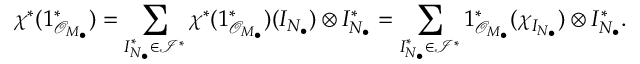
\chi ^ { * } ( 1 _ { { \mathcal O } _ { M _ { \bullet } } } ^ { * } ) = \sum _ { I _ { N _ { \bullet } } ^ { * } \in { \mathcal I } ^ { * } } \chi ^ { * } ( 1 _ { { \mathcal O } _ { M _ { \bullet } } } ^ { * } ) ( I _ { N _ { \bullet } } ) \otimes I _ { N _ { \bullet } } ^ { * } = \sum _ { I _ { N _ { \bullet } } ^ { * } \in { \mathcal I } ^ { * } } 1 _ { { \mathcal O } _ { M _ { \bullet } } } ^ { * } ( \chi _ { I _ { N _ { \bullet } } } ) \otimes I _ { N _ { \bullet } } ^ { * } .